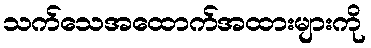
သက်သေအထောက်အထားများကို